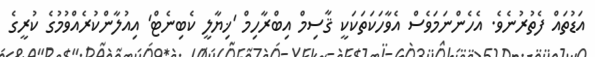
އަޑުތައް ފެތުރުނެވެ. އެހެންނަމަވެސް އެވާހަކަތަކަކީ ޤާސިމް އިބްރާހިމް 'ޚިޔާލީ ކެބިނެޓް' އިއުލާންކުރެއްވުމުގެ ކުރީގެ